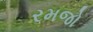
રમજો